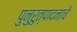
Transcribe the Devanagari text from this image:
पुनुरुत्पादनाचे